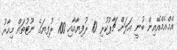
އެމްއެމްއޭއިން ބުނީ އަލަށް ޗާޕުކުރި 10 ރުފިޔާއާއި 100 ރުފިޔަގެ ނޫޓުތައް މިހާރު